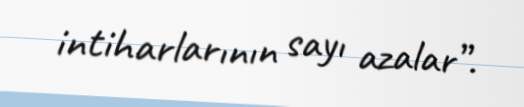
intiharlarının sayı azalar”.